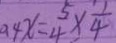
0 . 4 x = \frac { 5 } { 4 } \times \frac { 1 } { 4 }